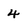
Character: 4